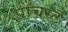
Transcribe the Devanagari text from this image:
पाँचस्ट